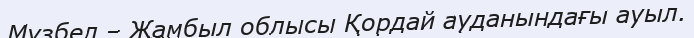
Мұзбел – Жамбыл облысы Қордай ауданындағы ауыл.